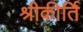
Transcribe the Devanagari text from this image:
श्रीकीर्ति